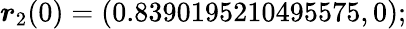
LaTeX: \boldsymbol{r}_{2}(0)=(0.8390195210495575,0);